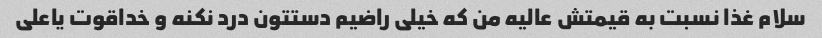
سلام غذا نسبت به قیمتش عالیه من که خیلی راضیم دستتون درد نکنه و خداقوت یاعلی